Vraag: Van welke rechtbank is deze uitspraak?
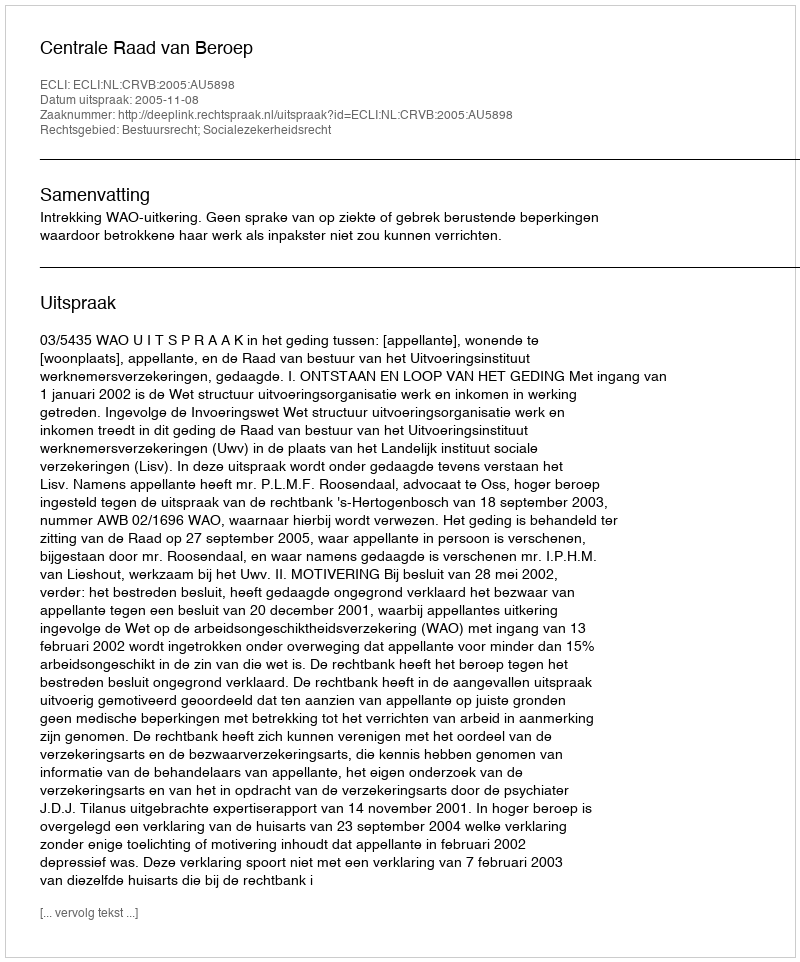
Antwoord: Centrale Raad van Beroep